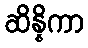
ဆိန္နိကာ